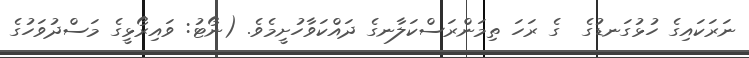
ނަރަކައިގެ ހުޅުގަނޑުގެ  ގެ ރަހަ ތިމަންރަސްކަލާނގެ ދައްކަވާހުށީމެވެ. (ނޯޓު: ވައިރޯޅީގެ މަސްދުވަހުގެ